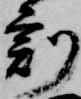
刻